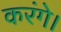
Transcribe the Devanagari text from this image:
करंगे।